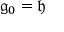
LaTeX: { \mathfrak { g } } _ { 0 } = { \mathfrak { h } }